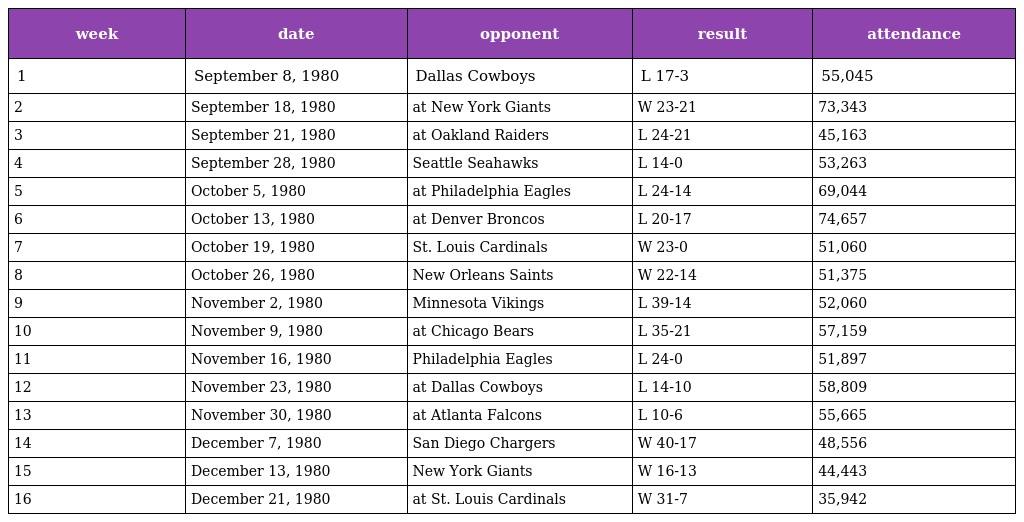
| week | date | opponent | result | attendance |
 | --- | --- | --- | --- | --- |
 | 1 | September 8, 1980 | Dallas Cowboys | L 17-3 | 55,045 |
 | 2 | September 18, 1980 | at New York Giants | W 23-21 | 73,343 |
 | 3 | September 21, 1980 | at Oakland Raiders | L 24-21 | 45,163 |
 | 4 | September 28, 1980 | Seattle Seahawks | L 14-0 | 53,263 |
 | 5 | October 5, 1980 | at Philadelphia Eagles | L 24-14 | 69,044 |
 | 6 | October 13, 1980 | at Denver Broncos | L 20-17 | 74,657 |
 | 7 | October 19, 1980 | St. Louis Cardinals | W 23-0 | 51,060 |
 | 8 | October 26, 1980 | New Orleans Saints | W 22-14 | 51,375 |
 | 9 | November 2, 1980 | Minnesota Vikings | L 39-14 | 52,060 |
 | 10 | November 9, 1980 | at Chicago Bears | L 35-21 | 57,159 |
 | 11 | November 16, 1980 | Philadelphia Eagles | L 24-0 | 51,897 |
 | 12 | November 23, 1980 | at Dallas Cowboys | L 14-10 | 58,809 |
 | 13 | November 30, 1980 | at Atlanta Falcons | L 10-6 | 55,665 |
 | 14 | December 7, 1980 | San Diego Chargers | W 40-17 | 48,556 |
 | 15 | December 13, 1980 | New York Giants | W 16-13 | 44,443 |
 | 16 | December 21, 1980 | at St. Louis Cardinals | W 31-7 | 35,942 |